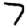
Digit: 7